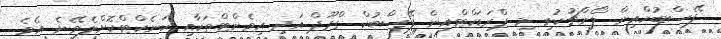
ފޭސްބުކްއިން ލޯންޗުކުރި މި ޕްރަޑަކްޓްއިން ފޭސްބުކް ގްރޫޕް އަދި އިވެންޓްތަކާއި ކަނެކްޓްކޮށްލެވޭނެ އެވެ.